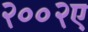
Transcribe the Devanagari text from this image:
२००२ए